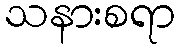
သနားစရာ